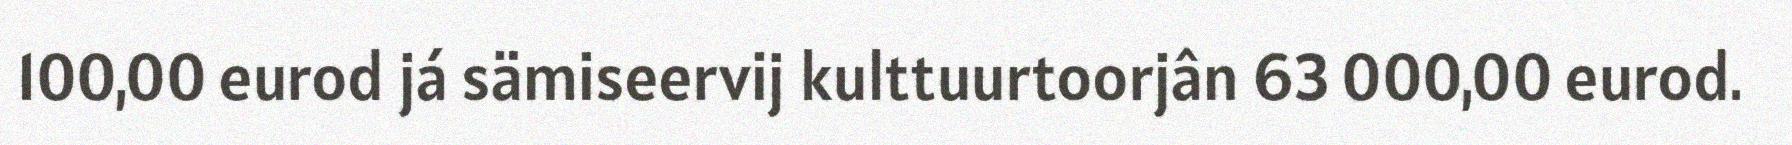
100,00 eurod já sämiseervij kulttuurtoorjân 63 000,00 eurod.